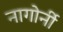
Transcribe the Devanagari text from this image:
नागोर्नी